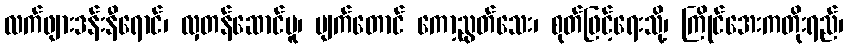
လက်ဖျားဒန်းနီရောင်၊ လှတန်ဆောင်မူ၊ မျက်တောင် ကော့ညွတ်သေး၊ စုတ်ဖြင့်ရေးသို့၊ ကြိုင်အေးကတိုးရည်၊